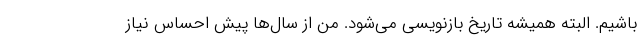
باشیم. البته همیشه تاریخ بازنویسی می‌شود. من از سال‌ها پیش احساس نیاز